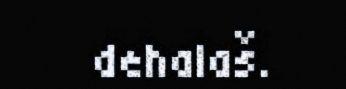
dehalaš.